Madras plague regulations and rules - Volume 1
Disease focus: Plague
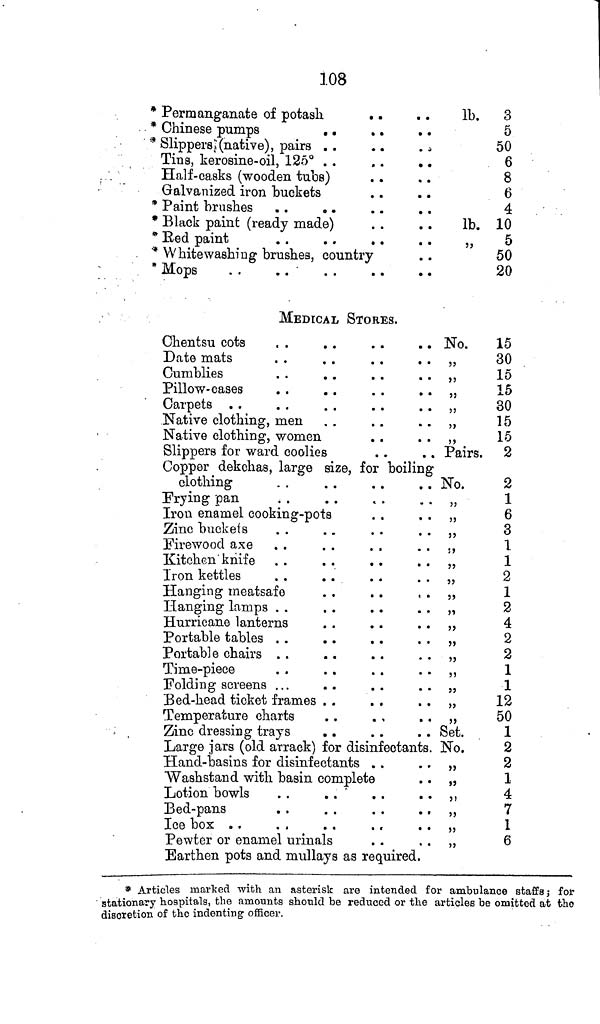
108
* Permanganate of potash
* Chinese pumps
* Slippers (native), pairs
Tins, kerosine-oil, 125°H
alf-casks (wooden tubs)
Galvanized iron buckets
* Paint brushes
* Black paint (ready made)
* Red paint
* Whitewashing brushes, country
* Mops
. .
. .
MEDICAL STORES.
Chentsu cots
Date mats
Oumblies
Pillow-cases
Carpets
Native clothing, men
Native clothing, women
Slippers for ward coolies
Copper dekchas, large size, for boiling
clothing
Frying pan
Iron enamel cooking-pots
Zinc buckets
Firewood axe
Kitchen knife
Iron kettles
Hanging meatsafe
Hanging lamps
Hurricane lanterns
Portable tables
Portable chairs
Time-piece
Folding screens ...
Bed-head ticket frames
Temperature charts
Zinc dressing trays
. .
Large jars (old arrack) for disinfectants.
Hand-basins for disinfectants . ,
Washstand with basin complete
Lotion bowls
. .
Bed-pans
Ice box
Pewter or enamel urinals
Earthen pots and mullays as required.
lb.
lb.
"
No.
"
"
"
"
"
"
Pairs.
No.
"
"
"
"
"
"
"
"
"
"
"
"
"
"
"
Set.
No.
"
"
"
"
"
"
3
5
50
6
8
6
4
10
5
50
20
15
30
15
15
30
15
15
2
2
1
6
3
1
1
2
1
2
4
2
2
1
1
12
50
1
2
2
1
4
7
1
6
* Articles marked with an asterisk are intended for ambulance staffs; for
stationary hospitals, the amounts should be reduced or the articles be omitted at the
discretion of the indenting officer.